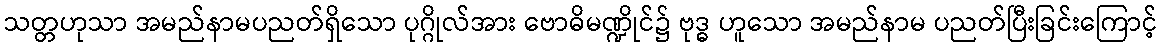
သတ္တဟုသာ အမည်နာမပညတ်ရှိသော ပုဂ္ဂိုလ်အား ဗောဓိမဏ္ဍိုင်၌ ဗုဒ္ဓ ဟူသော အမည်နာမ ပညတ်ပြီးခြင်းကြောင့်